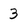
Character: 3